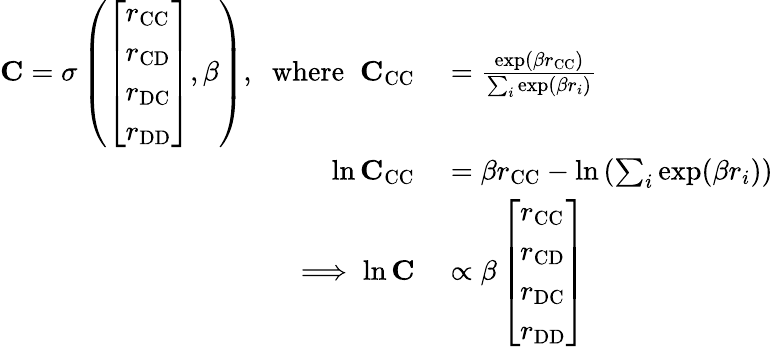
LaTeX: \begin{array}{rl}{\mathbf{C}=\sigma\left(\left[\begin{array}{l}{r_{\mathrm{CC}}}\\ {r_{\mathrm{CD}}}\\ {r_{\mathrm{DC}}}\\ {r_{\mathrm{DD}}}\end{array}\right],\beta\right),\; \; \mathrm{where}\; \; \mathbf{C}_{\mathrm{CC}}}&{{}=\frac{\exp(\beta r_{\mathrm{CC}})}{\sum_{i}\exp(\beta r_{i})}}\\ {\ln\mathbf{C}_{\mathrm{CC}}}&{{}=\beta r_{\mathrm{CC}}-\ln\left(\sum_{i}\exp(\beta r_{i})\right)}\\ {\implies\ln\mathbf{C}}&{{}\propto\beta\left[\begin{array}{l}{r_{\mathrm{CC}}}\\ {r_{\mathrm{CD}}}\\ {r_{\mathrm{DC}}}\\ {r_{\mathrm{DD}}}\end{array}\right]}\end{array}